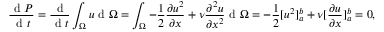
\frac { \mathrm { ~ d ~ } P } { \mathrm { ~ d ~ } t } = \frac { \mathrm { ~ d ~ } } { \mathrm { ~ d ~ } t } \int _ { \Omega } u \mathrm { ~ d ~ } \Omega = \int _ { \Omega } - \frac { 1 } { 2 } \frac { \partial u ^ { 2 } } { \partial x } + \nu \frac { \partial ^ { 2 } u } { \partial x ^ { 2 } } \mathrm { ~ d ~ } \Omega = - \frac { 1 } { 2 } [ u ^ { 2 } ] _ { a } ^ { b } + \nu [ \frac { \partial u } { \partial x } ] _ { a } ^ { b } = 0 ,